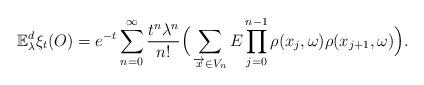
LaTeX: \begin{align*}\mathbb{E}_{\lambda}^d\xi_t(O)=e^{-t}\sum_{n=0}^{\infty}\frac{t^n\lambda^n}{n!}\Big(\sum_{\overrightarrow{x}\in V_n}E\prod_{j=0}^{n-1}\rho(x_j,\omega)\rho(x_{j+1},\omega)\Big).\end{align*}